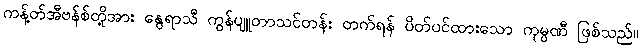
ကန့်တ်အီဗန်စ်တို့အား နွေရာသီ ကွန်ပျူတာသင်တန်း တက်ရန် ပိတ်ပင်ထားသော ကုမ္ပဏီ ဖြစ်သည်။